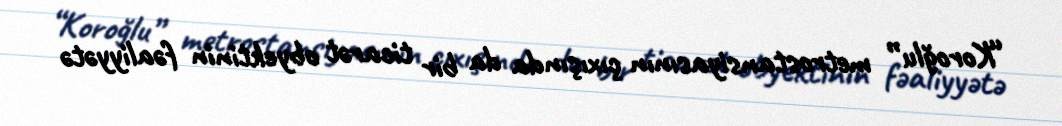
“Koroğlu” metrostansiyasının çıxışında da bir ticarət obyektinin fəaliyyətə